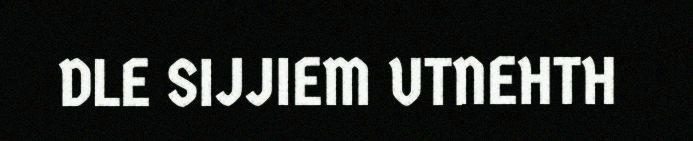
DLE SIJJIEM UTNEHTH